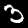
Label: 3